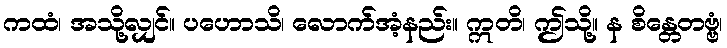
ကထံ၊ အသို့လျှင်။ ပဟောသိ၊ လောက်အံ့နည်း။ ဣတိ၊ ဤသို့။ န စိန္တေတဗ္ဗံ၊